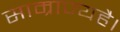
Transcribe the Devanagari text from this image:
साम्राज्यहै।